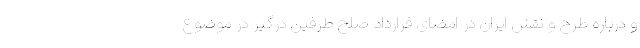
و درباره طرح و نقش ایران در امضای قرارداد صلح طرفین درگیر در موضوع